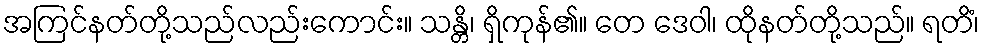
အကြင်နတ်တို့သည်လည်းကောင်း။ သန္တိ၊ ရှိကုန်၏။ တေ ဒေဝါ၊ ထိုနတ်တို့သည်။ ရတိံ၊